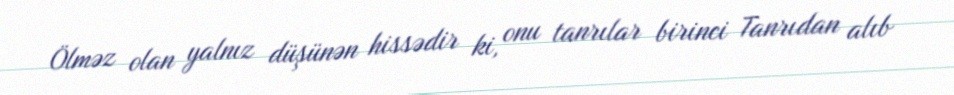
Ölməz olan yalnız düşünən hissədir ki, onu tanrılar birinci Tanrıdan alıb